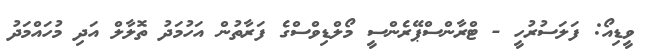
ވީޑިއޯ: ފަލަސުރުހީ - ޓްރާންސްޕޭރެންސީ މޯލްޑިވްސްގެ ފަރާތުން އަހުމަދު ތޮލާލް އަދި މުހައްމަދު